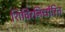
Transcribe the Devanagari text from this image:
शिविरनिर्धारित